65_HS1-834228961_62-HQ-83894_Section_1
Agency: FBI
Page 33
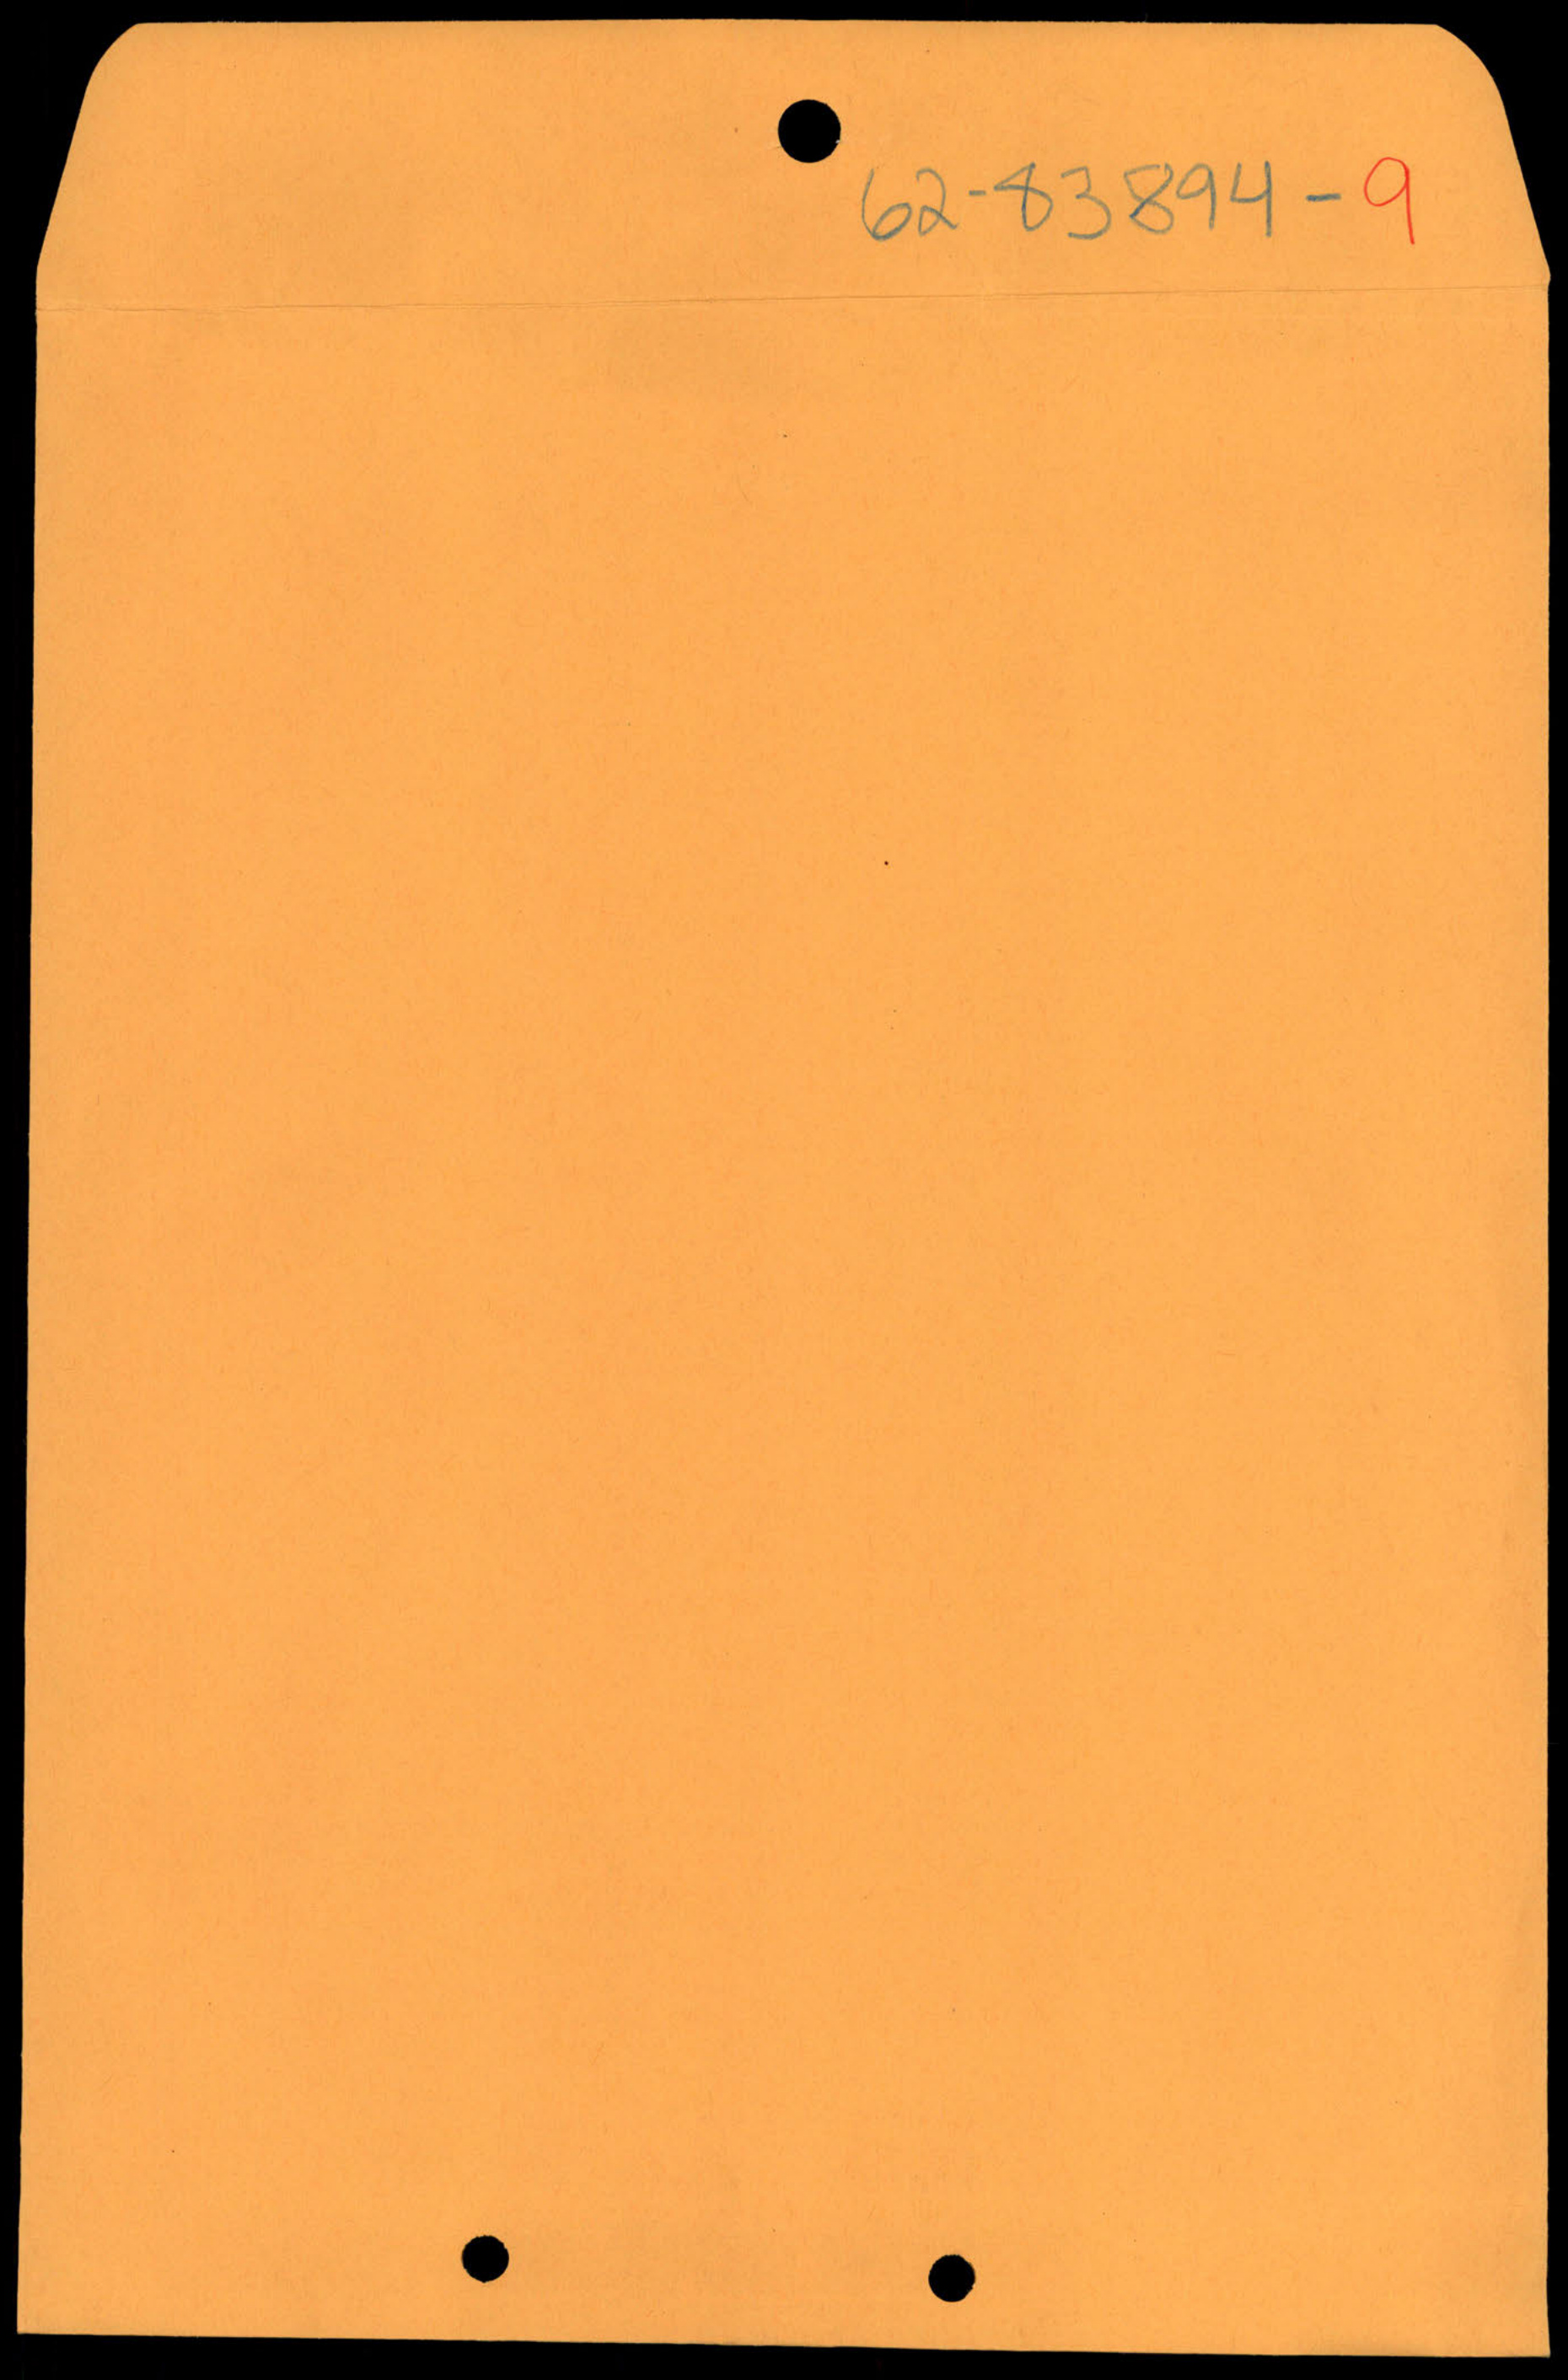